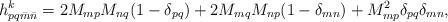
LaTeX: \begin{align*}h^k_{pq\bar{m}\bar{n}} = 2M_{mp}M_{nq}(1-\delta_{pq})+2M_{mq}M_{np}(1-\delta_{mn})+M^2_{mp}\delta_{pq}\delta_{mn},\end{align*}